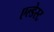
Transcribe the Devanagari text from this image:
एल्डेस्ट